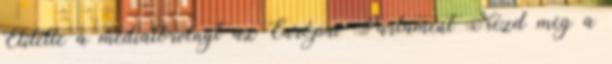
Elítélte a médiatörvényt az Európai Parlament Nézd meg a